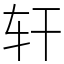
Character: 轩